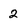
Character: 2